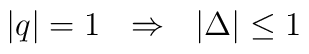
|q| = 1  \ \ \Rightarrow \ \  |\Delta | \leq1